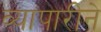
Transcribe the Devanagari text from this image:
व्यापारीने